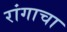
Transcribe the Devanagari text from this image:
रांगाचा